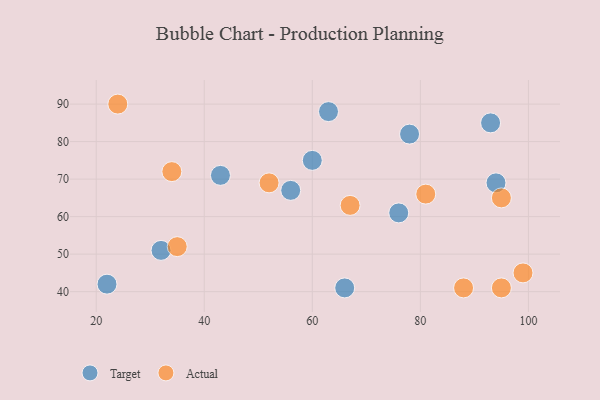
{"axis": {"x": "GDP", "y": "Life Expectancy"}, "legend": ["Actual", "Target"], "data": [{"x": "94", "y": 69, "type": "Target"}, {"x": "32", "y": 51, "type": "Target"}, {"x": "93", "y": 85, "type": "Target"}, {"x": "60", "y": 75, "type": "Target"}, {"x": "22", "y": 42, "type": "Target"}, {"x": "63", "y": 88, "type": "Target"}, {"x": "56", "y": 67, "type": "Target"}, {"x": "43", "y": 71, "type": "Target"}, {"x": "78", "y": 82, "type": "Target"}, {"x": "76", "y": 61, "type": "Target"}, {"x": "66", "y": 41, "type": "Target"}, {"x": "35", "y": 52, "type": "Actual"}, {"x": "95", "y": 41, "type": "Actual"}, {"x": "34", "y": 72, "type": "Actual"}, {"x": "99", "y": 45, "type": "Actual"}, {"x": "24", "y": 90, "type": "Actual"}, {"x": "95", "y": 65, "type": "Actual"}, {"x": "88", "y": 41, "type": "Actual"}, {"x": "81", "y": 66, "type": "Actual"}, {"x": "52", "y": 69, "type": "Actual"}, {"x": "67", "y": 63, "type": "Actual"}]}